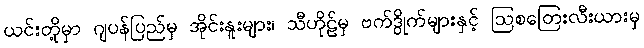
ယင်းတို့မှာ ဂျပန်ပြည်မှ အိုင်းနူးများ၊ သီဟိုဠ်မှ ဗက်ဒွိုက်များနှင့် ဩစတြေးလီးယားမှ